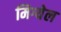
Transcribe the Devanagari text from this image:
मिग्येल